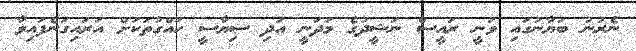
ނެރުނު ބަޔާނުގައި ވަނީ ރައީސް ނަޝީދުގެ މަދަނީ އަދި ސިޔާސީ ހައްގުތަކަށް އަރައިގަނެފައިވާ